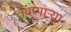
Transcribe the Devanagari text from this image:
तेवणाऱ्या